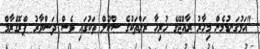
"އަޅުގަނޑުމެން މިހާރު ރާއްޖޭގެ ހުރިހާ ރަށްތަކުގެ ސްކޫލް ތަކުގައި ވެސް ދަސްވާރު ޕްރޮގްރާމް